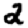
Digit: 2